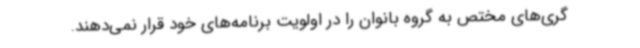
گری‌های مختص به گروه بانوان را در اولویت برنامه‌های خود قرار نمی‌دهند.